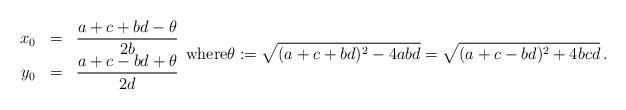
LaTeX: \begin{align*}\begin{array}{rcl}x_0 &=& \displaystyle{\frac{a+c+bd-\theta}{2b}}\\y_0 &=& \displaystyle{\frac{a+c-bd+\theta}{2d}}\end{array} \mbox{where} \theta := \sqrt{(a+c+bd)^2 - 4abd} = \sqrt{(a+c-bd)^2 + 4bcd}\,.\end{align*}